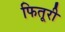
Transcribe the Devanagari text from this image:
फितूरी